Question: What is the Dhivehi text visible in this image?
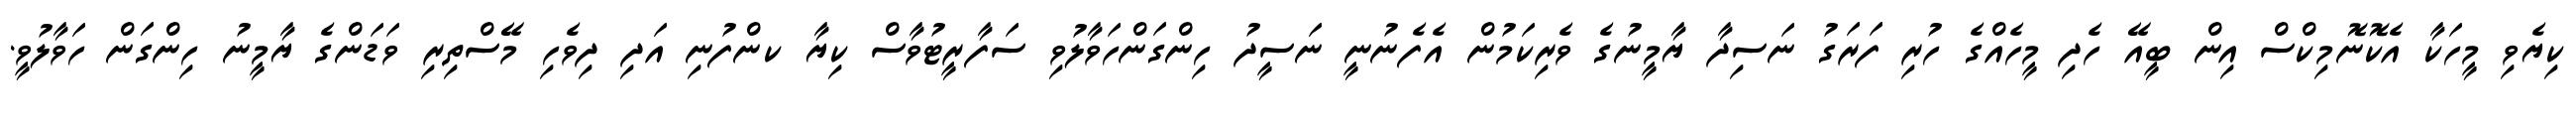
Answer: ކިޔެވި މީހަކާ އެކޮނޮމިކްސް އިން ބީއޭ ހެދި މީހެއްގެ ހުރި ފަރަގު ނަސިދާ ޔާމީނުގެ ވެރިކަމުން އެފެނުނީ ނަސީދު ހިންގަންހަވާލުވި ސަފާރީޓުވާސް ކިޔާ ކންފުނި އަދި ދިވެހި މޭސްތިރި ވަޑަންގެ ޔާމީނު ހިންގަން ހަވާލުވީ.